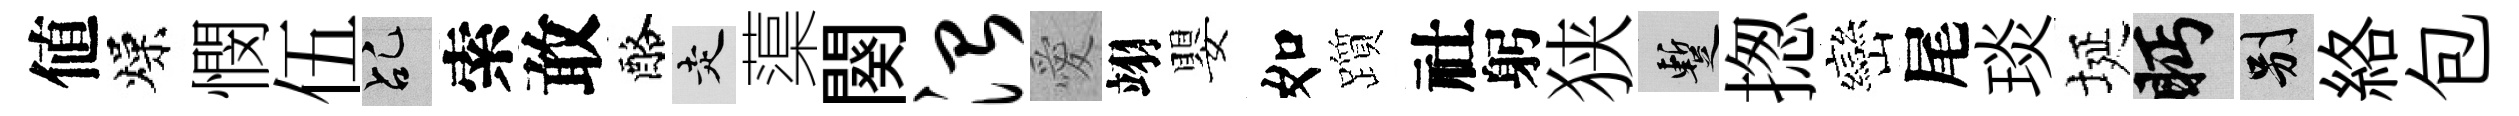
値燥憫伍乩索敢酪走蕖闋治愛翊嬰如躓社躬狭暫揔巒尾琰埏眄别絡包